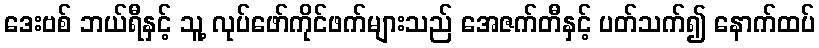
ဒေးဗစ် ဘယ်ရီနှင့် သူ့ လုပ်ဖော်ကိုင်ဖက်များသည် အေဇက်တီနှင့် ပတ်သက်၍ နောက်ထပ်